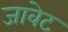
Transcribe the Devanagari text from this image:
जावेट